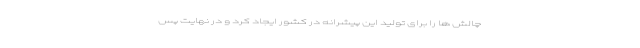
چالش ها را برای تولید این پیشرانه در کشور ایجاد کرد و در نهایت پس